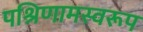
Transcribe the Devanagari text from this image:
पश्रिणामस्वरूप